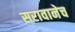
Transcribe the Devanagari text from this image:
सरावानेच